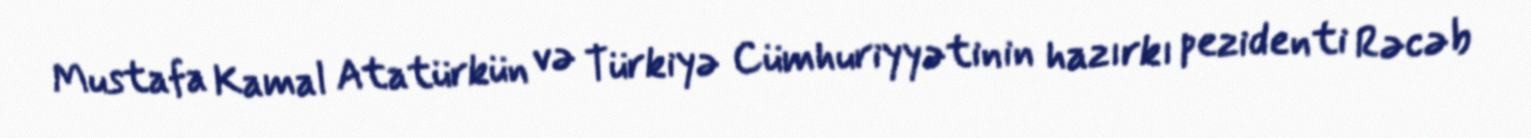
Mustafa Kamal Atatürkün və Türkiyə Cümhuriyyətinin hazırkı pezidenti Rəcəb